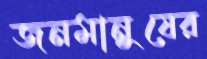
জনমানুষের